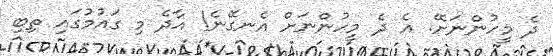
ދެ މީހުންނަށޭ. އެ ދެ މީހުންނަށް އެނގޭނެ! އާދެ މި ގައުމުގައި ތިބި